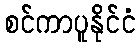
စင်ကာပူနိုင်ငံ